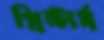
প্রিন্টার্স